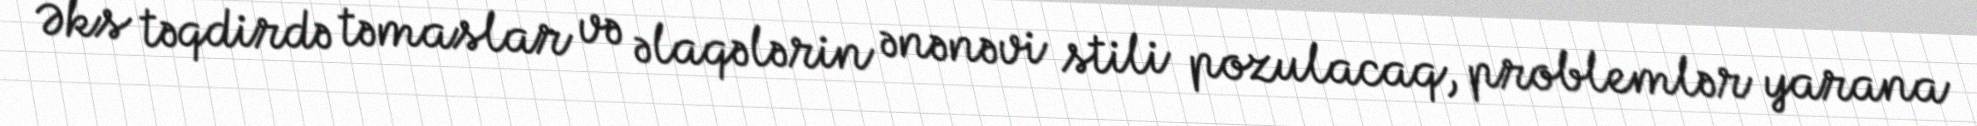
Əks təqdirdə təmaslar və əlaqələrin ənənəvi stili pozulacaq, problemlər yarana